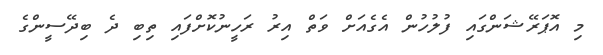
މި އޮޕަރޭޝަންގައި ފުލުހުން އެގެއަށް ވަތް އިރު ރަހީނުކޮށްފައި ތިބި ދެ ބިދޭސީންގެ